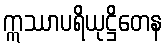
ဣဿာပရိယုဋ္ဌိတေန